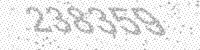
Solution: 238359